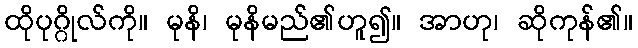
ထိုပုဂ္ဂိုလ်ကို။ မုနိ၊ မုနိမည်၏ဟူ၍။ အာဟု၊ ဆိုကုန်၏။